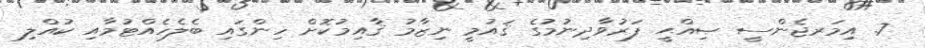
7. އިމަރޖެންސީ ޞިއްޙީ ފަރުވާދިނުމުގެ ޤައުމީ ނިޒާމު ޤާއިމުކޮށް ހިންގައި ބެލެހެއްޓުމާއި ކުއްލި